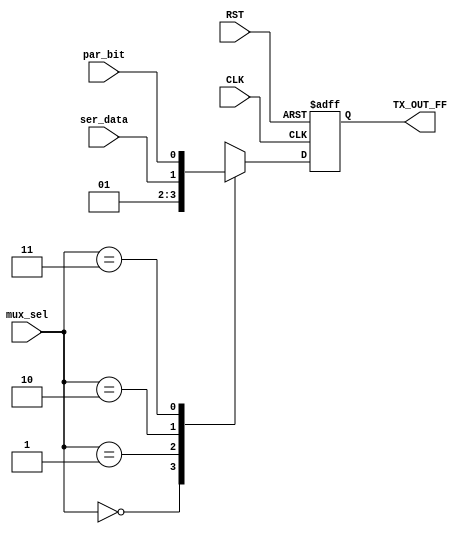

module MUX  #(parameter select_width=2,start_bit=0,stop_bit=1)(
input ser_data,par_bit,
input RST,CLK,
input [select_width-1:0] mux_sel,
output reg TX_OUT_FF



);
reg TX_OUT;
always @(*) begin 

case(mux_sel)
'b00:begin 
TX_OUT= start_bit;
 end
'b01:begin 
TX_OUT= stop_bit;
end
'b10:begin 
TX_OUT= ser_data;
end
'b11:begin 
TX_OUT= par_bit;
end


endcase

end
always @(posedge CLK  or negedge RST ) begin 


if(!RST) begin 
TX_OUT_FF<=1;
end

else 

TX_OUT_FF<=TX_OUT;

end




endmodule